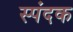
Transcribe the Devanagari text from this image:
स्पंदक